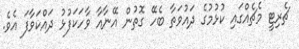
ޗެރިޓީ މެޗެއްގައި ކުޅުމުގެ ދައުވަތާ ބެހޭ ގޮތުން އޭނާއާ ވާހަކަފުޅު ދައްކަވާފަ އެވެ.